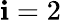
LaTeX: \mathbf{i}=2